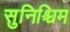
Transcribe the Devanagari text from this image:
सुनिश्चिम